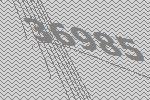
36985